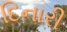
દિનારી